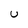
Character: U